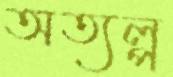
অত্যল্প